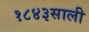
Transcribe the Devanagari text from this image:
१८४३साली